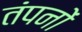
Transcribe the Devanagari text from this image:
तंपनों